Tartu_pedagoogiumi_aruanded, lk 13
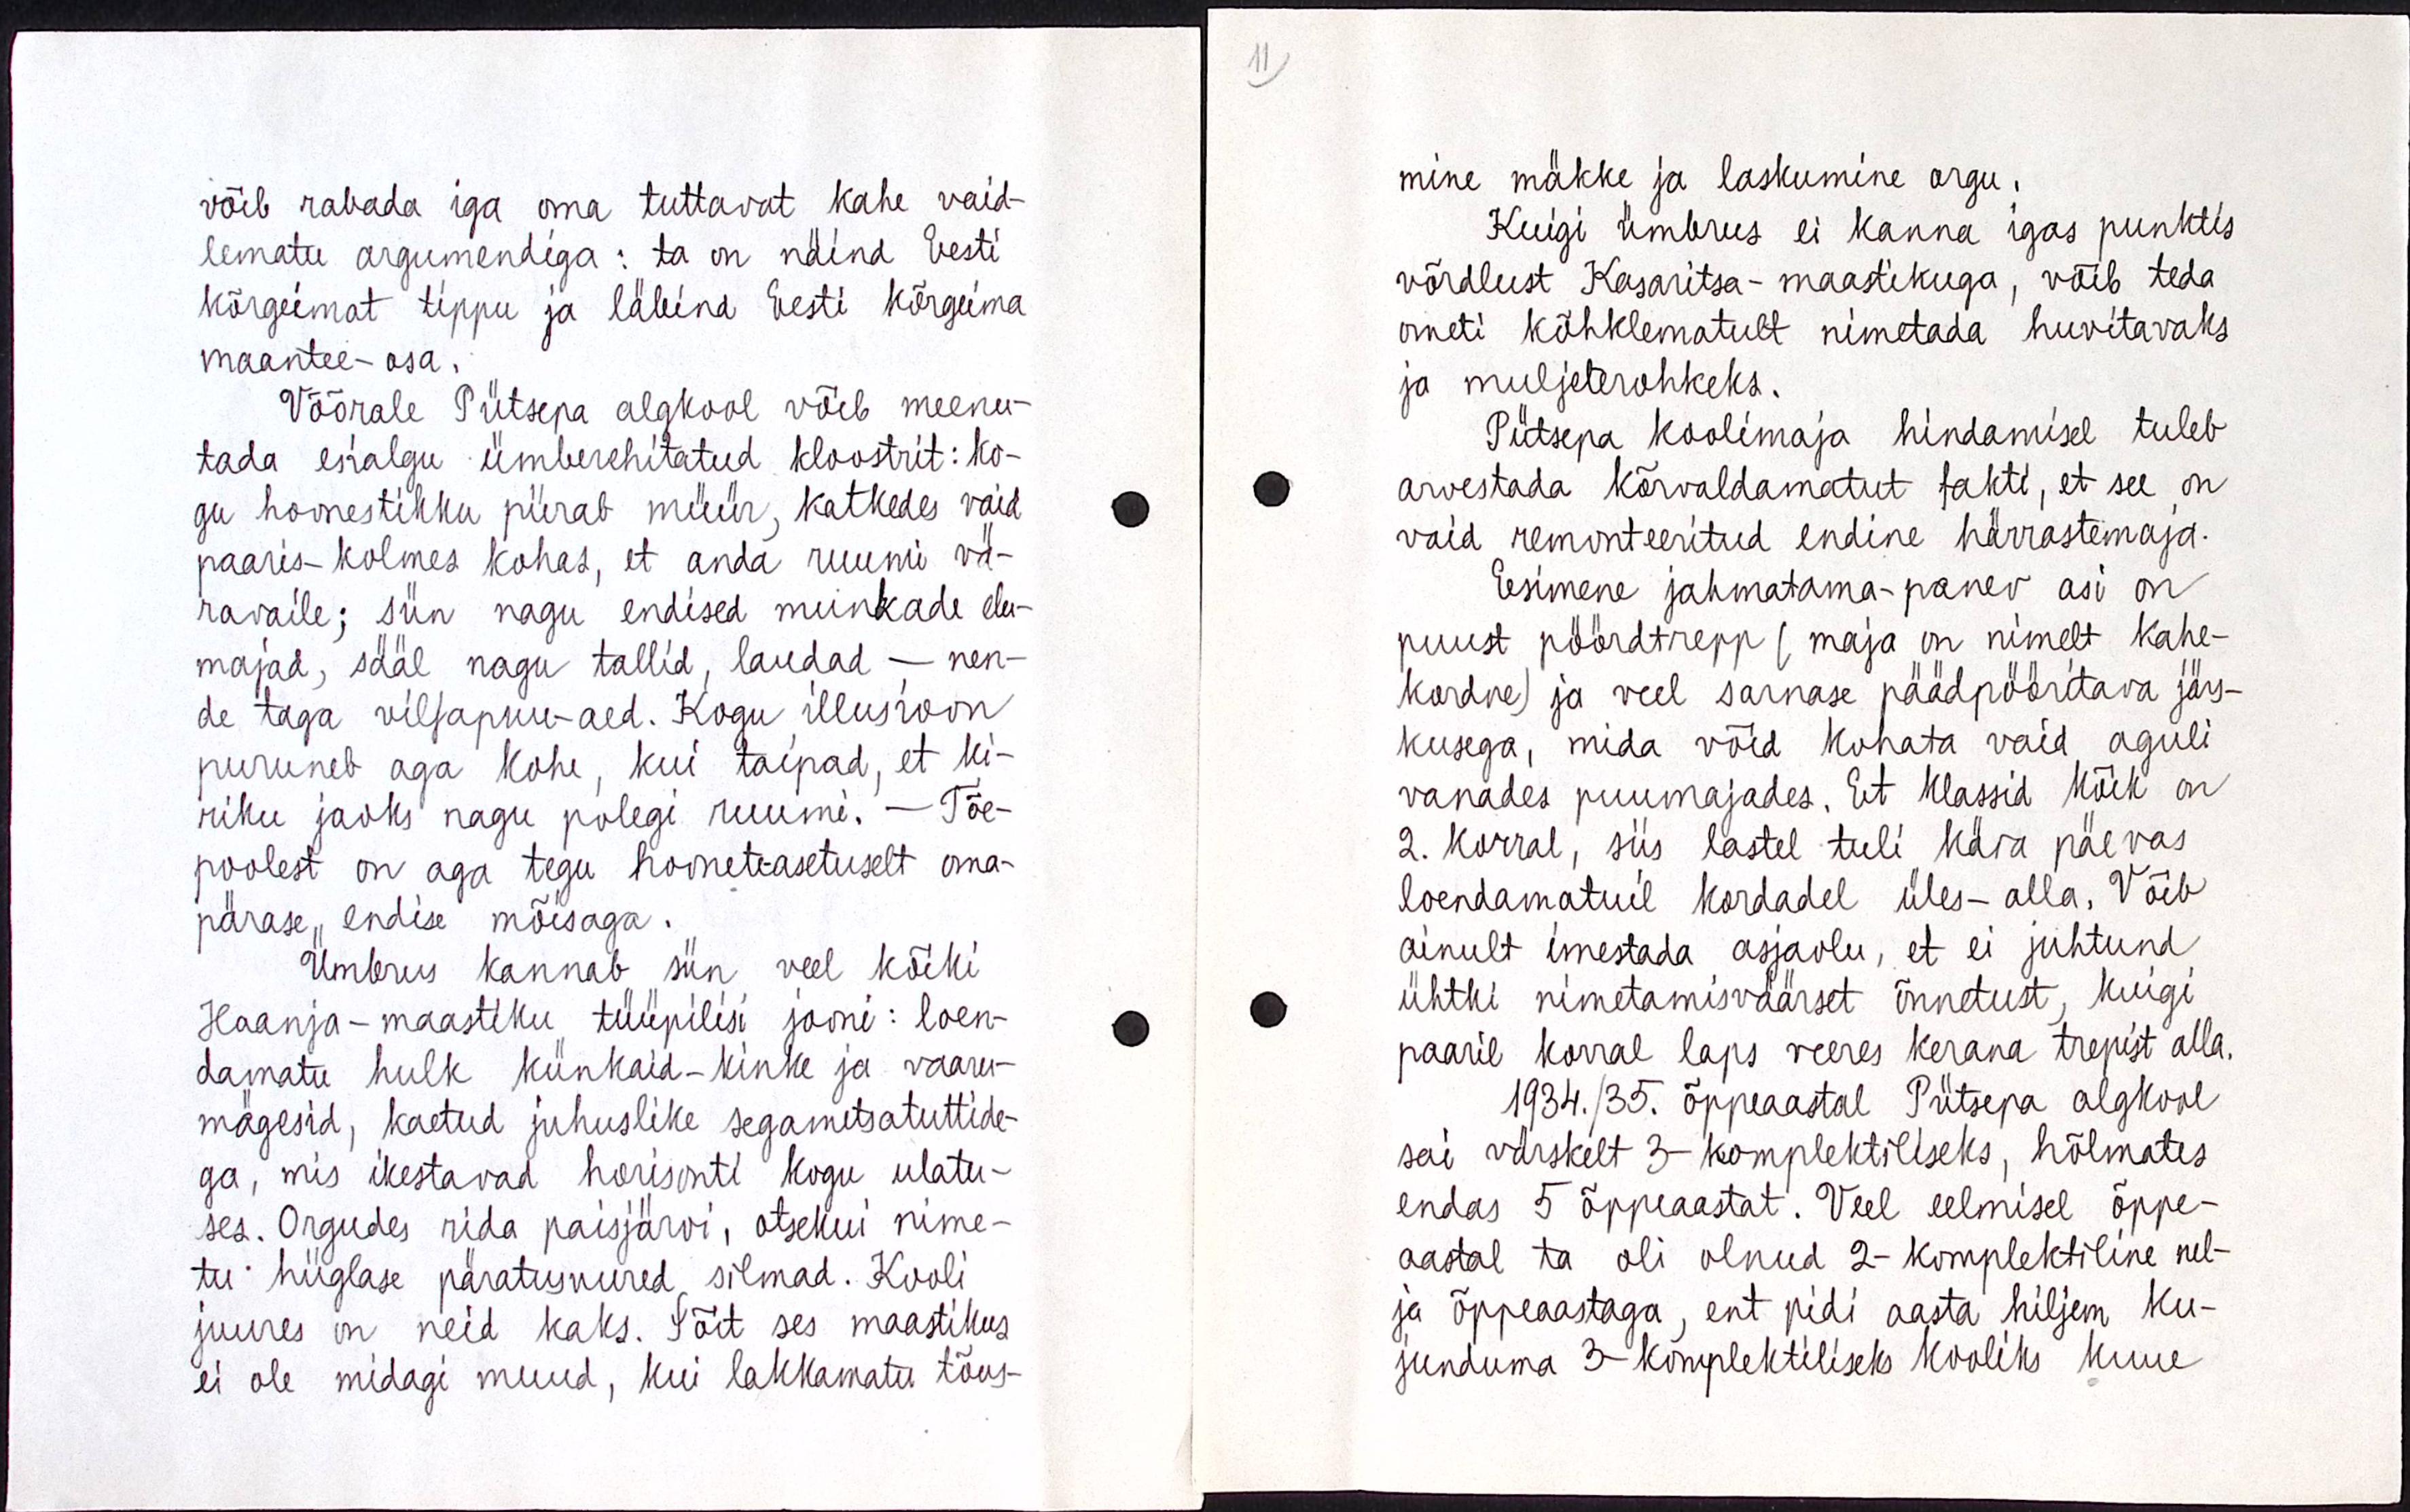
võib rabada iga oma tuttavat kahe vaid-
lematu argumendiga : ta on näind Eesti
kõrgeimat tippu ja läbind Eesti kõrgeima
maantee - osa.
Võõrale Pütsepa algkool võib meenu-
tada esialgu ümberehitatud kloostrit : ko-
gu hoonestikku piirab müür, katkedes vaid
paaris-kolmes kohas, et anda ruumi vä-
ravaile ; siin nagu endised munkade elu-
majad, sääl nagu tallid, laudad - nen-
de taga viljapuu-aed. Kogu illusioon
puruneb aga kohe, kui taipad, et ki-
riku jaoks nagu polegi ruumi. - Tõe-
poolest on aga tegu hooneteasetuselt oma-
pärase endise mõisaga.
Ümbrus kannab siin vele kõiki
Haanja-maastiku tüüpilisi jooni : loen-
damatu hulk künkaid-kinke ja vaaru-
mägesid, kaetud juhuslike segametsatuttide-
ga, mis ikestavad horisonti kogu ulatu-
ses. Orgudes rida paisjärvi, otsekui nime-
tu hiiglase päratusuured silmad. Kooli
juures on neid kaks. Sõit ses maastikus 
ei ole midagi muud, kui lakkamatu tõus-

mine mäkke ja laskumine orgu.
Kuigi ümbrus ei kanna igas punktis
võrdlust kasaritsa-maastikuga, võib teda
ometi kõhklematult nimetada huvitavaks
ja muljeterohkeks.
Pütsepa koolimaja hindamisel tuleb
arvestada kõrvaldamatut fakti, et see on
vaid remonteeritud endine härrastemaja.
Esimene jahmatama-panev asi on
puust pöördtrepp ( maja on nimelt kahe-
kordne ) ja veel sarnase päädpööritava järs-
kusega, mida võid kohata vaid aguli
vanades puumajades. Et klassid kõik on 
2. korral, siis lastel tuli kära päevas
loendamatuil kordadel üles-alla. Võib
ainult imestada asjaolu, et ei juhtunud
ühtki nimetamisväärset õnnetust, kuigi
paaril korral laps veeres kerana trepist alla.
1934/35. õppeaasta Pütsepa algkool
sai värskelt 3-komplektiliseks, hõlmates
endas 5 õppeaastat. Veel eelmisel õppe-
aastal ta oli olnud 2-komplektiline nel-
ja õppeaastaga, ent pidi aasta hiljem ku-
junduma 3-komplektiliseks kooliks kuue